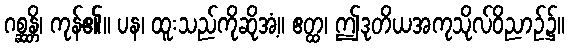
ဂစ္ဆန္တိ၊ ကုန်၏။ ပန၊ ထူးသည်ကိုဆိုအံ့။ ဧတ္ထ၊ ဤဒုတိယအကုသိုလ်ဝိညာဉ်၌။